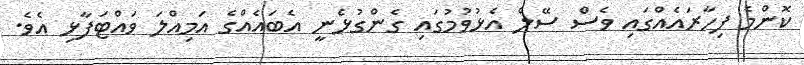
ކޮންމެ ފިހާރައެއްގައި ވެސް ސޭލް އެޅުވުމުގައި ގެންގުޅެނީ އެބައެއްގެ އަމިއްލަ ވައްޓަފާޅި އެވެ.